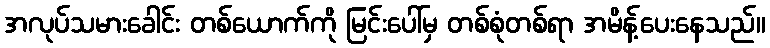
အလုပ်သမားခေါင်း တစ်ယောက်ကို မြင်းပေါ်မှ တစ်စုံတစ်ရာ အမိန့်ပေးနေသည်။